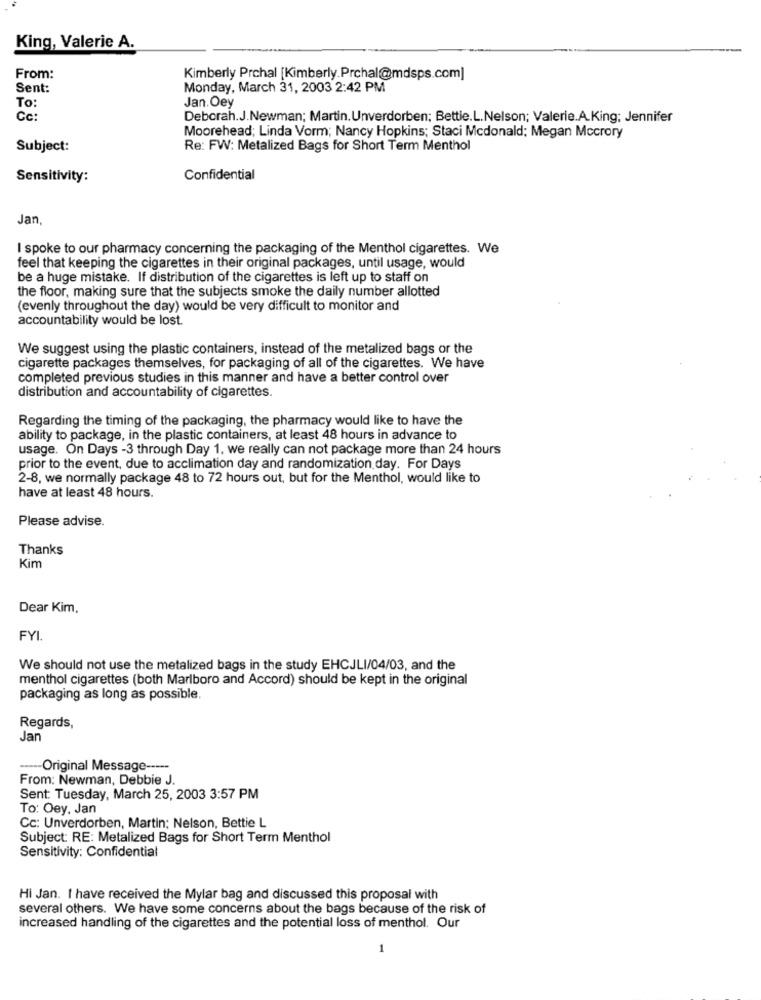
King, Valerie A.
From:
Kimberly Prchal [Kimberly.Prchal@mdsps.com]
Sent:
Monday, March 31, 2003 2:42 PM
Jan.Oey
To:
Cc:
Deborah.J.Newman; Martin.Unverdorben; Bettie.L.Nelson; Valerie.A.King: Jennifer
Moorehead; Linda Vorm; Nancy Hopkins; Staci Mcdonald; Megan Mccrory
Subject:
Re: FW: Metalized Bags for Short Term Menthol
Sensitivity:
Confidential
Jan
I spoke to our pharmacy concerning the packaging of the Menthol cigarettes. We
feel that keeping the cigarettes in their original packages, until usage, would
be a huge mistake. If distribution of the cigarettes is left up to staff on
the floor, making sure that the subjects smoke the daily number allotted
(evenly throughout the day) would be very difficult to monitor and
accountability would be lost.
We suggest using the plastic containers, instead of the metalized bags or the
cigarette packages themselves, for packaging of all of the cigarettes. We have
completed previous studies in this manner and have a better control over
distribution and accountability of cigarettes.
Regarding the timing of the packaging, the pharmacy would like to have the
ability to package, in the plastic containers, at least 48 hours in advance to
usage. On Days -3 through Day 1. we really can not package more than 24 hours
prior to the event, due to acclimation day and randomization day. For Days
2-8, we normally package 48 to 72 hours out, but for the Menthol, would like to
have at least 48 hours.
Please advise.
Thanks
Kim
Dear Kim,
FYI.
We should not use the metalized bags in the study EHCJLI/04/03, and the
menthol cigarettes (both Marlboro and Accord) should be kept in the original
packaging as long as possible.
Regards,
Jan
----- Original Message -----
From: Newman, Debbie J.
Sent: Tuesday, March 25, 2003 3:57 PM
To: Oey. Jan
Cc: Unverdorben, Martin; Nelson, Bettie L
Subject: RE: Metalized Bags for Short Term Menthol
Sensitivity: Confidential
Hi Jan. I have received the Mylar bag and discussed this proposal with
several others. We have some concerns about the bags because of the risk of
increased handling of the cigarettes and the potential loss of menthol. Our